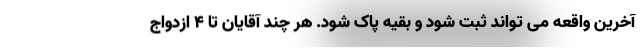
آخرین واقعه می تواند ثبت شود و بقیه پاک شود. هر چند آقایان تا 4 ازدواج